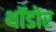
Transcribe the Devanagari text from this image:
थॉडोर